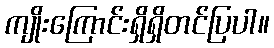
ကျိုးကြောင်းရှိရှိတင်ပြပါ။